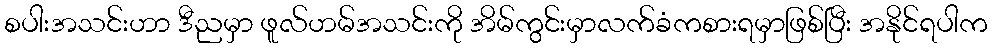
စပါးအသင်းဟာ ဒီညမှာ ဖူလ်ဟမ်အသင်းကို အိမ်ကွင်းမှာလက်ခံကစားရမှာဖြစ်ပြီး အနိုင်ရပါက